Annual report on the Civil Veterinary Department, Burma (including the Insein Veterinary School) - 1932-1941
Year: 1932
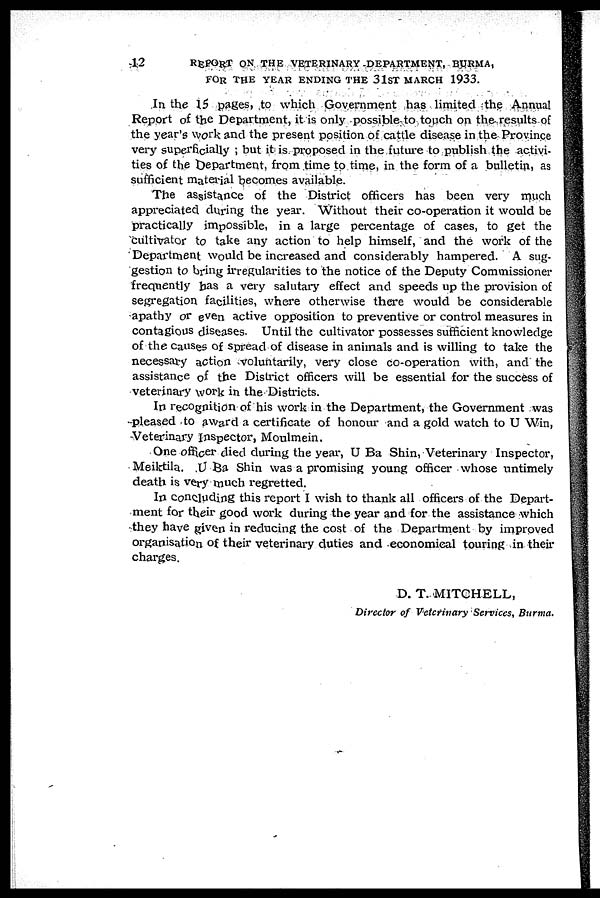
12
REPORT ON THE VETERINARY DEPARTMENT, BURMA,
FOR THE YEAR ENDING THE 31ST MARCH 1933.
In the 15 pages, to which Government has limited the Annual
Report of the Department, it is only possible to touch on the results of
the year's work and the present position of cattle disease in the Province
very superficially ; but it is proposed in the future to publish the activi-
ties of the Department, from time to time, in the form of a bulletin, as
sufficient material becomes available.
The assistance of the District officers has been very much
appreciated during the year. Without their co-operation it would be
practically impossible, in a large percentage of cases, to get the
cultivator to take any action to help himself, and the work of the
Department would be increased and considerably hampered. A sug-
gestion to bring irregularities to the notice of the Deputy Commissioner
frequently has a very salutary effect and speeds up the provision of
segregation facilities, where otherwise there would be considerable
apathy or even active opposition to preventive or control measures in
contagious diseases. Until the cultivator possesses sufficient knowledge
of the causes of spread of disease in animals and is willing to take the
necessary action voluntarily, very close co-operation with, and the
assistance of the District officers will be essential for the success of
veterinary work in the Districts.
In recognition of his work in the Department, the Government was
pleased to award a certificate of honour and a gold watch to U Win,
Veterinary Inspector, Moulmein.
One officer died during the year, U Ba Shin, Veterinary Inspector,
Meiktila. V Ba Shin was a promising young officer whose untimely
death is very much regretted.
In concluding this report I wish to thank all officers of the Depart-
ment for their good work during the year and for the assistance which
they have given in reducing the cost of the Department by improved
organisation of their veterinary duties and economical touring in their
charges.
D. T. MITCHELL,
Director of Veterinary Services, Burma.